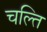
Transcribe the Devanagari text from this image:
चल्ति